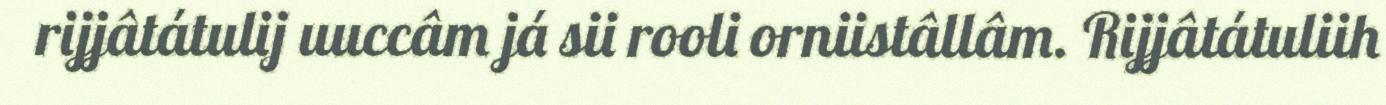
rijjâtátulij uuccâm já sii rooli orniistâllâm. Rijjâtátuliih